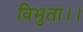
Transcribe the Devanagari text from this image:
विभुता।।